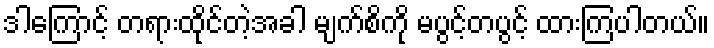
ဒါကြောင့် တရားထိုင်တဲ့အခါ မျက်စိကို မပွင့်တပွင့် ထားကြပါတယ်။